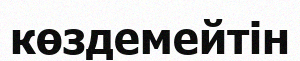
көздемейтін